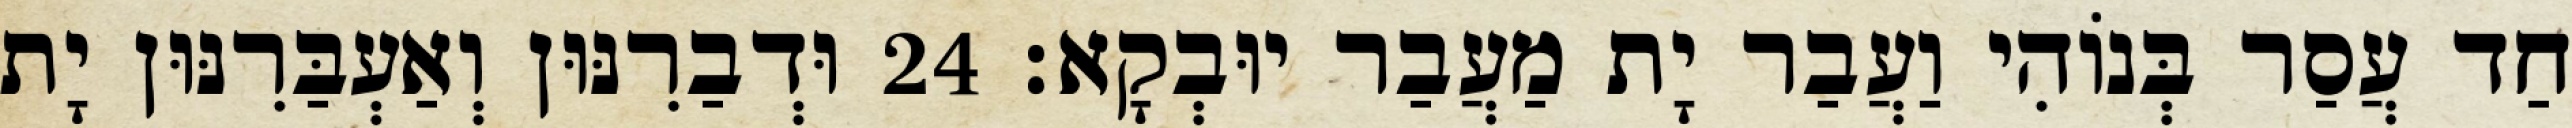
חַד עֲסַר בְּנוֹהִי וַעֲבַר יָת מַעֲבַר יוּבְקָא׃ 24 וּדְבַרִנּוּן וְאַעְבַּרִנּוּן יָת